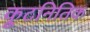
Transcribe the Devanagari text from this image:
कूटनितिक